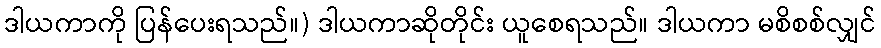
ဒါယကာကို ပြန်ပေးရသည်။) ဒါယကာဆိုတိုင်း ယူစေရသည်။ ဒါယကာ မစိစစ်လျှင်